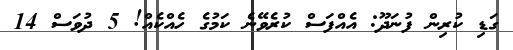
ގަޑި ކުރިން ފުނަދޫ: އެއްފަސް ކުރެވޭނެ ކަމުގެ ހެއްކެއް! 5 ދުވަސް 14